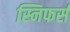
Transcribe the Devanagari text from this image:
स्निफर्स